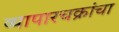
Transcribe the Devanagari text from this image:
व्यापारचक्रांचा